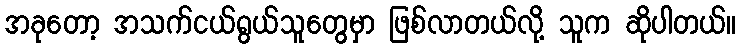
အခုတော့ အသက်ငယ်ရွယ်သူတွေမှာ ဖြစ်လာတယ်လို့ သူက ဆိုပါတယ်။